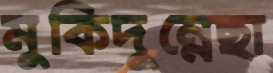
মুকিদুন্নেছা